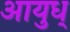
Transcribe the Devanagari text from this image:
आयुध्